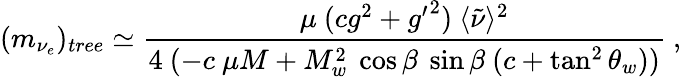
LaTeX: (m_{\nu_{e}})_{tree}\simeq\frac{\mu~(cg^{2}+{g^{\prime}}^{2})~\langle\tilde{\nu}\rangle^{2}}{4~(-c~\mu M+M_{w}^{2}~\cos\beta~\sin\beta~(c+\tan^{2}\theta_{w}))}~,